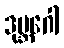
ဒုဗ္ဘဂေါ